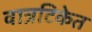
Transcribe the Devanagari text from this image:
वात्रटिकेत